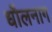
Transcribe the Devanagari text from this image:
धौलनाग